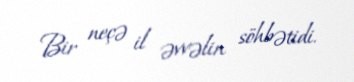
Bir neçə il əvvəlin söhbətidi.